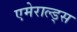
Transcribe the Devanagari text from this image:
एमेराल्ड्स